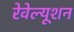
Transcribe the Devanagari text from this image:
रेवेल्यूशन